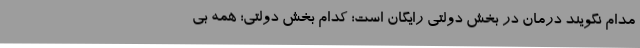
مدام نگویند درمان در بخش دولتی رایگان است؛ کدام بخش دولتی؛ همه بی